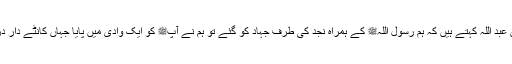
1541: سیدنا جابر بن عبد اللہؓ کہتے ہیں کہ ہم رسول اللہﷺ کے ہمراہ نجد کی طرف جہاد کو گئے تو ہم نے آپﷺ کو ایک وادی میں پایا جہاں کانٹے دار درخت بہت زیادہ تھے۔